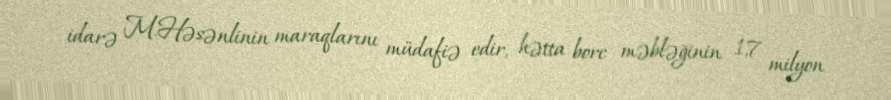
idarə M.Həsənlinin maraqlarını müdafiə edir, hətta borc məbləğinin 1,7 milyon